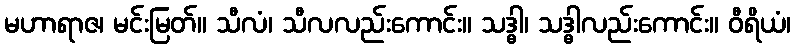
မဟာရာဇ၊ မင်းမြတ်။ သီလံ၊ သီလလည်းကောင်း။ သဒ္ဓါ၊ သဒ္ဓါလည်းကောင်း။ ဝီရိယံ၊